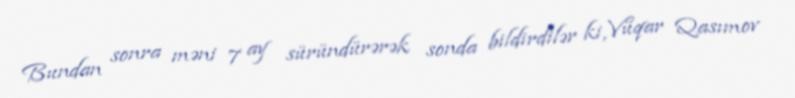
Bundan sonra məni 7 ay süründürərək sonda bildirdilər ki, Vüqar Qasımov